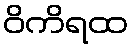
ဝိကိရထ